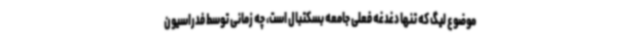
موضوع لیگ که تنها دغدغه فعلی جامعه بسکتبال است، چه زمانی توسط فدراسیون